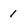
Character: 1